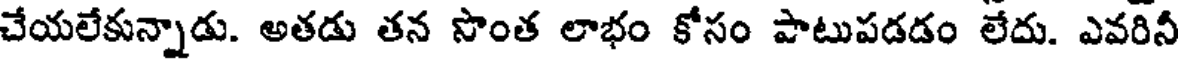
చేయలేకున్నాడు. అతడు తన సొంత లాభం కోసం పాటుపడడం లేదు. ఎవరినీ